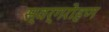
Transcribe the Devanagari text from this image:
स्वर्गरोहण